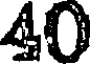
40